画像に写った文字を読んでください
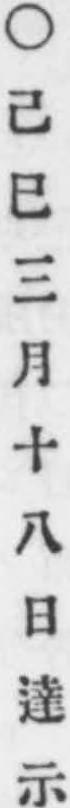
「○己巳三月十八日達示」と書いてあります